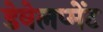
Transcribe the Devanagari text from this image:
डेवेलप्मेंट